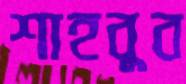
শাহবুব